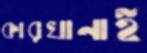
কারখানাই